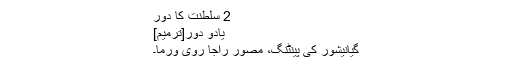
2 سلطنت کا دور
یادو دور[ترمیم]
گیانیشور کی پینٹنگ، مصور راجا روی ورما۔